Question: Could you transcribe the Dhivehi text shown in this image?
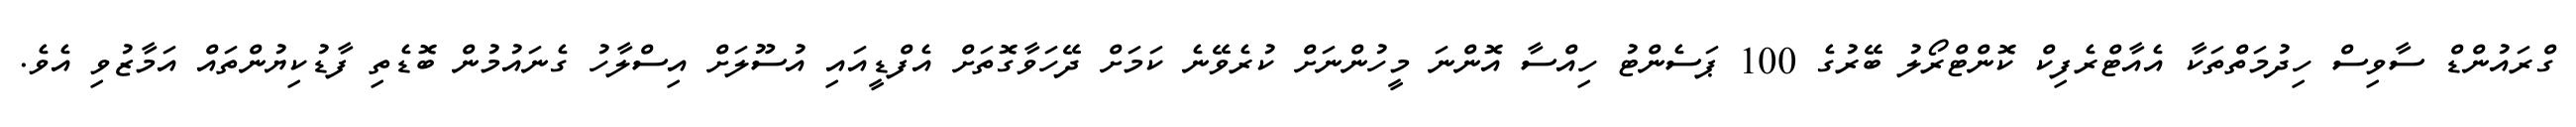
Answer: ގްރައުންޑް ސާވިސް ހިދުމަތްތަކާ އެއާޓްރެފިކް ކޮންޓްރޯލު ބޭރުގެ 100 ޕަސެންޓު ހިއްސާ އޮންނަ މީހުންނަށް ކުރެވޭނެ ކަމަށް ދޭހަވާގޮތަށް އެފްޑީއައި އުސޫލަށް އިސްލާހު ގެނައުމުން ބޮޑެތި ފާޑުކިޔުންތައް އަމާޒުވި އެވެ.